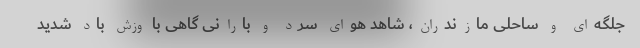
جلگه‌ای و ساحلی مازندران، شاهد هوای سرد و بارانی گاهی با وزش باد شدید